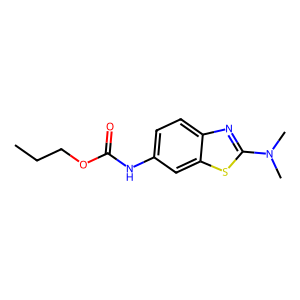
SMILES: CCCOC(=O)Nc1ccc2nc(N(C)C)sc2c1
Inhibits HIV replication: No